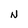
Character: N